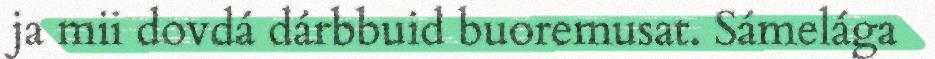
ja mii dovdá dárbbuid buoremusat. Sámelága